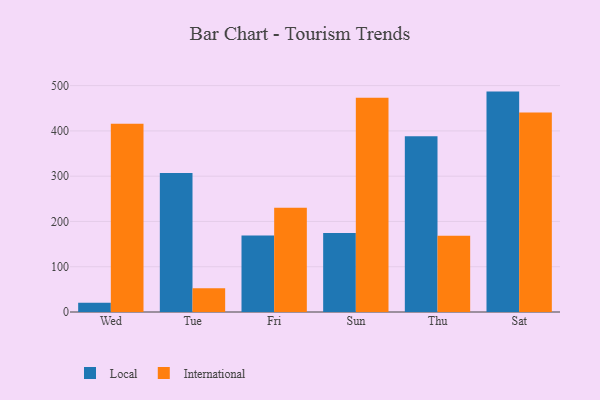
{"axis": {"x": "Day", "y": "Net Income (USD K)"}, "legend": ["International", "Local"], "data": [{"x": "Wed", "y": 20.3, "type": "Local"}, {"x": "Wed", "y": 415.7, "type": "International"}, {"x": "Tue", "y": 306.9, "type": "Local"}, {"x": "Tue", "y": 52.3, "type": "International"}, {"x": "Fri", "y": 168.7, "type": "Local"}, {"x": "Fri", "y": 230.2, "type": "International"}, {"x": "Sun", "y": 174.7, "type": "Local"}, {"x": "Sun", "y": 473.1, "type": "International"}, {"x": "Thu", "y": 388.1, "type": "Local"}, {"x": "Thu", "y": 168.5, "type": "International"}, {"x": "Sat", "y": 486.8, "type": "Local"}, {"x": "Sat", "y": 440.7, "type": "International"}]}